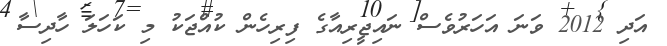
އަދި 2012 ވަނަ އަހަރުވެސް ނައިޖީރިއާގެ ފިރިހެން ކުއްޖަކު މި ކަހަލަ ހާދިސާ